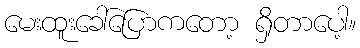
မေးထူးခေါ်ပြောကတော့ ရှိတာပေါ့။